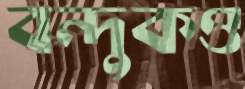
বন্দুকও